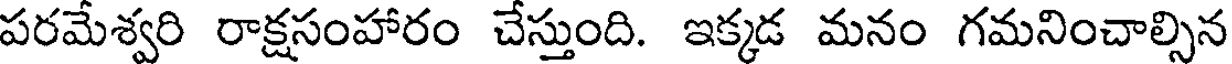
పరమేశ్వరి రాక్షసంహారం చేస్తుంది. ఇక్కడ మనం గమనించాల్సిన